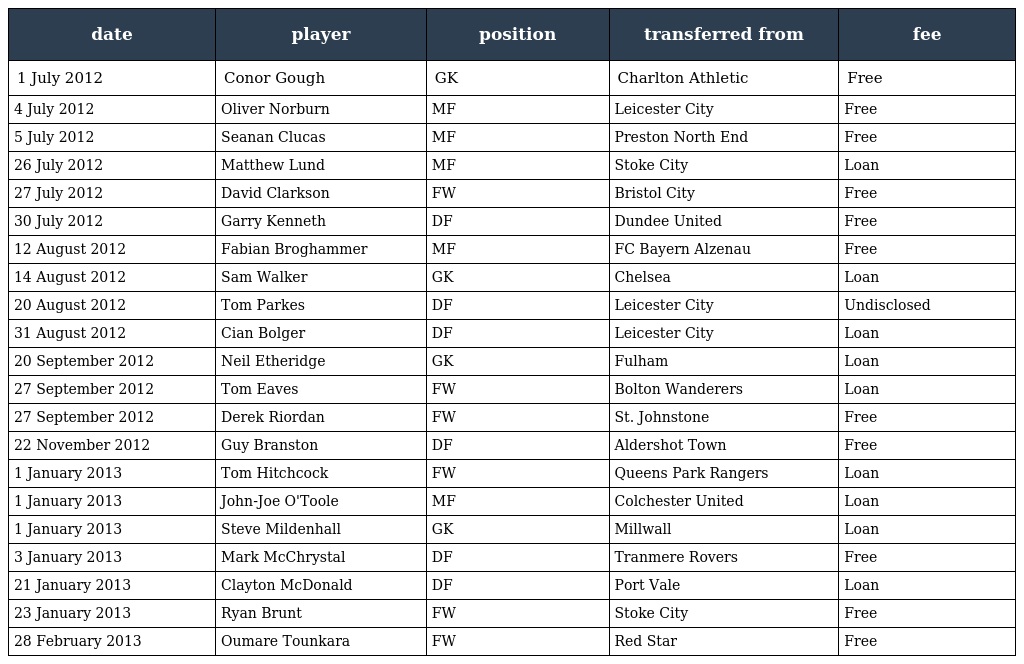
| date | player | position | transferred from | fee |
 | --- | --- | --- | --- | --- |
 | 1 July 2012 | Conor Gough | GK | Charlton Athletic | Free |
 | 4 July 2012 | Oliver Norburn | MF | Leicester City | Free |
 | 5 July 2012 | Seanan Clucas | MF | Preston North End | Free |
 | 26 July 2012 | Matthew Lund | MF | Stoke City | Loan |
 | 27 July 2012 | David Clarkson | FW | Bristol City | Free |
 | 30 July 2012 | Garry Kenneth | DF | Dundee United | Free |
 | 12 August 2012 | Fabian Broghammer | MF | FC Bayern Alzenau | Free |
 | 14 August 2012 | Sam Walker | GK | Chelsea | Loan |
 | 20 August 2012 | Tom Parkes | DF | Leicester City | Undisclosed |
 | 31 August 2012 | Cian Bolger | DF | Leicester City | Loan |
 | 20 September 2012 | Neil Etheridge | GK | Fulham | Loan |
 | 27 September 2012 | Tom Eaves | FW | Bolton Wanderers | Loan |
 | 27 September 2012 | Derek Riordan | FW | St. Johnstone | Free |
 | 22 November 2012 | Guy Branston | DF | Aldershot Town | Free |
 | 1 January 2013 | Tom Hitchcock | FW | Queens Park Rangers | Loan |
 | 1 January 2013 | John-Joe O'Toole | MF | Colchester United | Loan |
 | 1 January 2013 | Steve Mildenhall | GK | Millwall | Loan |
 | 3 January 2013 | Mark McChrystal | DF | Tranmere Rovers | Free |
 | 21 January 2013 | Clayton McDonald | DF | Port Vale | Loan |
 | 23 January 2013 | Ryan Brunt | FW | Stoke City | Free |
 | 28 February 2013 | Oumare Tounkara | FW | Red Star | Free |